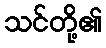
သင်တို့၏